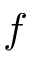
f